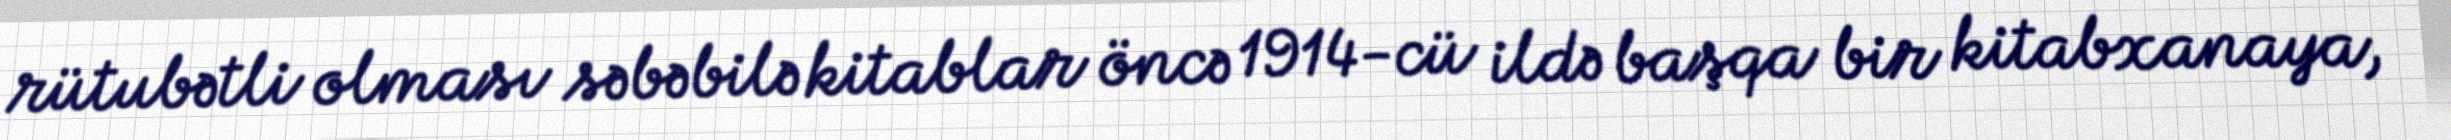
rütubətli olması səbəbilə kitablar öncə 1914-cü ildə başqa bir kitabxanaya,